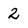
Character: 2